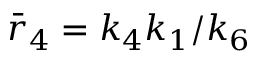
\bar { r } _ { 4 } = k _ { 4 } k _ { 1 } / k _ { 6 }